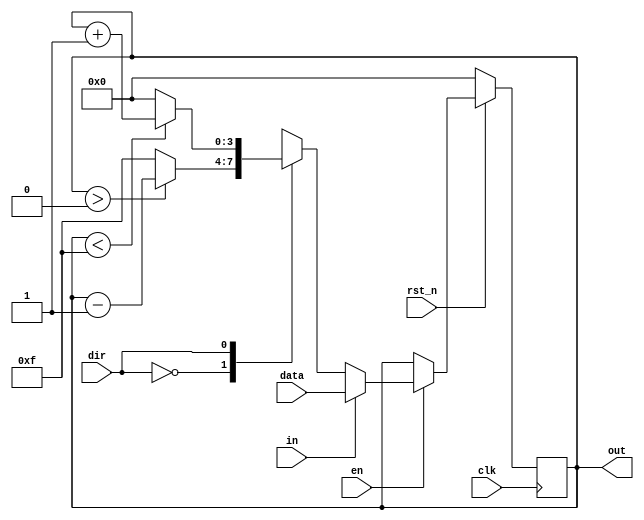
`timescale 1ns / 1ps
//////////////////////////////////////////////////////////////////////////////////
// Company: 
// Engineer: 
// 
// Design Name: 
// Module Name: lab2_1
// Project Name: 
// Target Devices: 
// Tool Versions: 
// Description: 
// 
// Dependencies: 
// 
// Revision:
// Revision 0.01 - File Created
// Additional Comments:
// 
//////////////////////////////////////////////////////////////////////////////////


module lab2_1(clk, rst_n, en, dir,in,data, out);
    input clk,rst_n,en,dir,in;
    input [3:0] data;
    output [3:0] out;
    
    reg [3:0] out=0;
    
    always@(posedge clk)begin
        if(rst_n==0) out = 4'b0000;
        else if(en==1'b1)begin
            if(in ==1)begin
                out = data;
            end
            else begin 
                case(dir)
                    0:begin
                        if(out>4'b0000) out = out-1;
                        else out = 4'b1111;
                    end
                    1:begin
                        if(out<4'b1111) out = out+1;
                        else out = 4'b0000;
                    end
                 endcase
             end
         end   
    end
    
endmodule